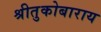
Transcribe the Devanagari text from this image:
श्रीतुकोबाराय